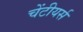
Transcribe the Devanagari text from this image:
चेंटीयर्स